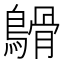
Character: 𪄥